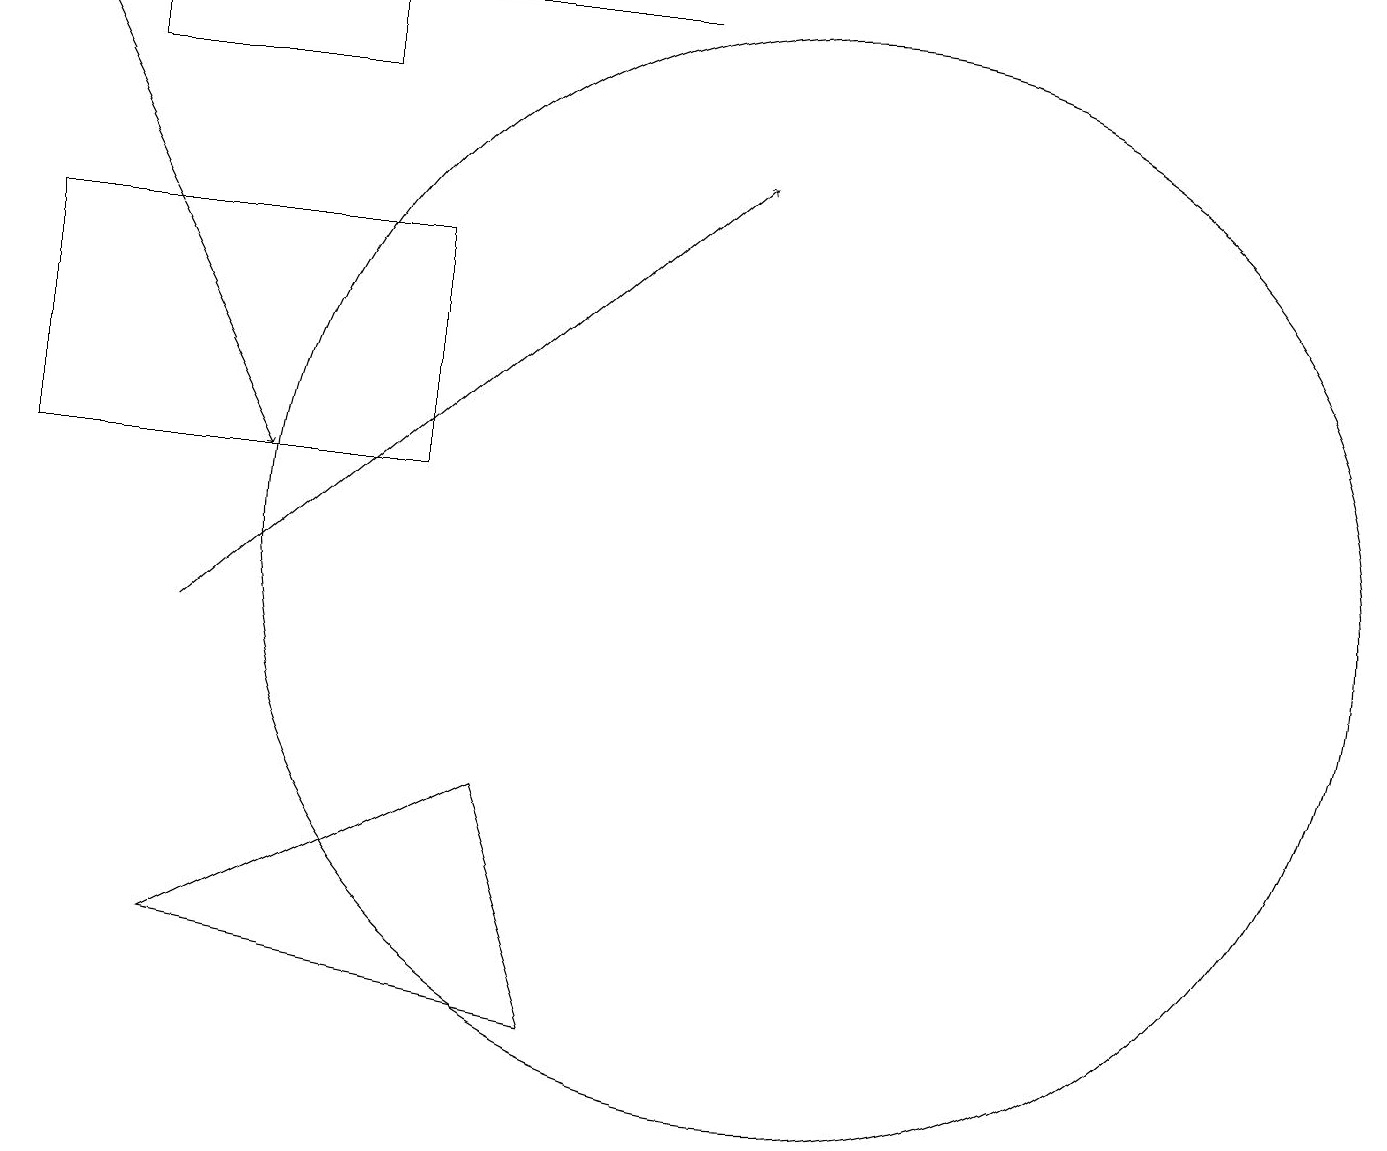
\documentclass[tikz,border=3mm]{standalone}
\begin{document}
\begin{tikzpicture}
\draw (5,15) rectangle (0,12);
\draw (10,11) circle (7);
\draw[->] (2,10) -- (9,16);
\draw (1,17) rectangle (4,18);
\draw (0,18) rectangle (8,18);
\draw[->] (0,18) -- (3,12);
\draw (7,5) -- (2,6) -- (6,8) -- cycle;
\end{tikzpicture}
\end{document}